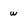
Character: w